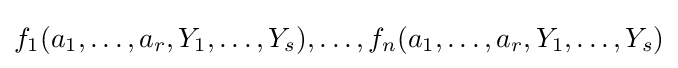
f_{1}(a_{1},\ldots ,a_{r},Y_{1},\ldots ,Y_{s}),\ldots ,f_{n}(a_{1},\ldots ,a_{r},Y_{1},\ldots ,Y_{s})